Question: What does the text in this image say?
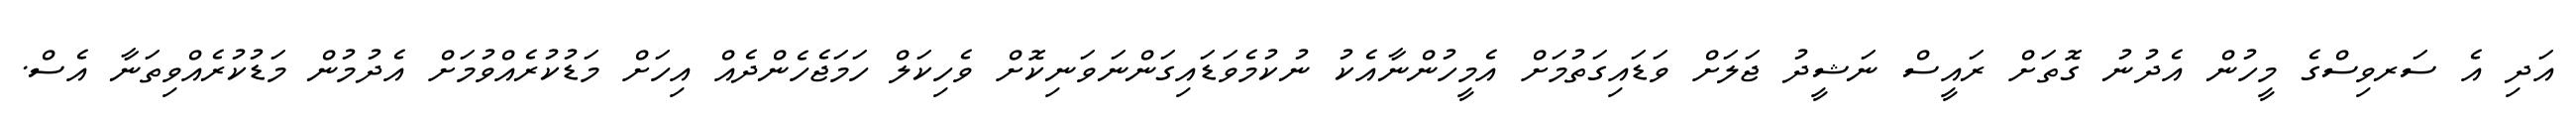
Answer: އަދި އެ ސަރވިސްގެ މީހުން އެދުނު ގޮތަށް ރައީސް ނަޝީދު ޖަލަށް ވަޑައިގަތުމަށް އެމީހުންނާއެކު ނުކުމެވަޑައިގަންނަވަނިކޮށް ވެހިކަލް ހަމަޖެހެންދެއް އިހަށް މަޑުކުރެއްވުމަށް އެދުމުން މަޑުކުރެއްވިތަނާ އެސް.